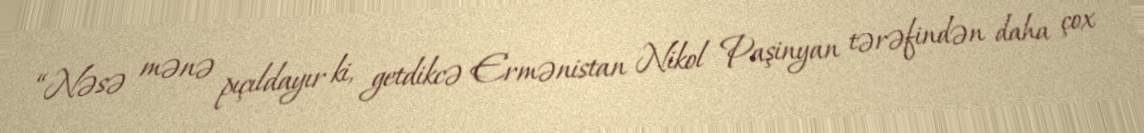
“Nəsə mənə pıçıldayır ki, getdikcə Ermənistan Nikol Paşinyan tərəfindən daha çox